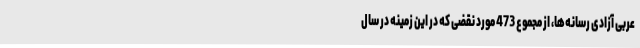
عربی آزادی رسانه‌ها، از مجموع 473 مورد نقضی که در این زمینه در سال